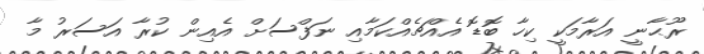
ރޫޙާނީ އަރާމަކީ ކިހާ ބޮޑޮ އެއްޗެއްކަމާއި ނަފްސަށް އެއިން ކުރާ އަސަރު މާ